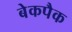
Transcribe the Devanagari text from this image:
बेकपैक